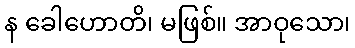
န ခေါဟောတိ၊ မဖြစ်။ အာဝုသော၊